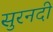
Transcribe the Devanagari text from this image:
सुरनदी